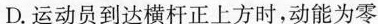
D.运动员到达横杆正上方时，动能为零